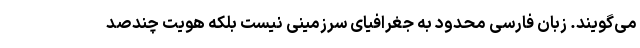
می‌گویند. زبان فارسی محدود به جغرافیای سرزمینی نیست بلکه هویت چندصد